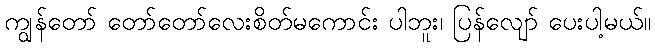
ကျွန်တော် တော်တော်လေးစိတ်မကောင်း ပါဘူး၊ ပြန်လျော် ပေးပါ့မယ်။